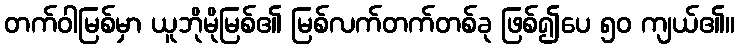
တက်ဝါမြစ်မှာ ယူဘိုမိုမြစ်၏ မြစ်လက်တက်တစ်ခု ဖြစ်၍ပေ ၅၀ ကျယ်၏။